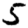
Digit: 5